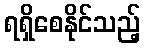
ရရှိစေနိုင်သည့်